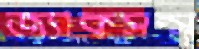
জ্যাকসন্স